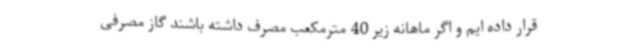
قرار داده ایم و اگر ماهانه زیر 40 مترمکعب مصرف داشته باشند گاز مصرفی